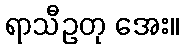
ရာသီဥတု အေး။